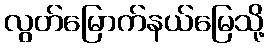
လွတ်မြောက်နယ်မြေသို့